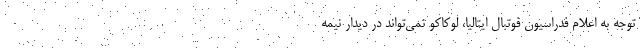
توجه به اعلام فدراسیون فوتبال ایتالیا، لوکاکو نمی‌تواند در دیدار نیمه